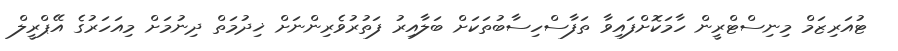
ޓުއަރިޒަމް މިނިސްޓްރީން ހާމަކޮށްފައިވާ ތަފާސްހިސާބުތަަކަށް ބަލާއިރު ފަތުރުވެރިންނަށް ޚިދުމަތް ދިނުމަށް މިއަހަރުގެ އޭޕްރީލް